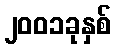
၂၀၀၁ခုနှစ်